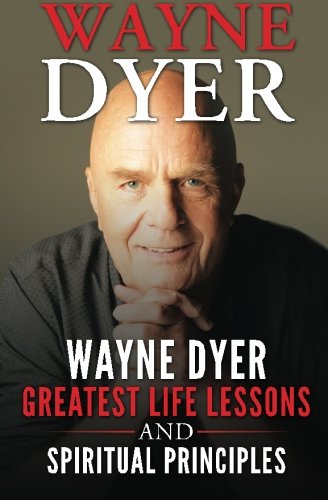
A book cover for Wayne Dyer: Wayne Dyer Greatest Life Lessons And Spiritual Principles; Sean Pisini; Biographies & Memoirs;